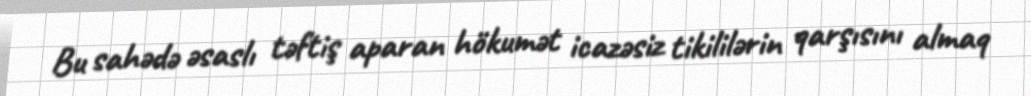
Bu sahədə əsaslı təftiş aparan hökumət icazəsiz tikililərin qarşısını almaq